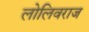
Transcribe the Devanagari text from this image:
लोलिवराज